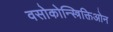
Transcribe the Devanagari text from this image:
वसोकोन्स्त्रिक्तिओन